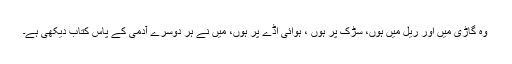
وہ گاڑی میں اور ریل میں ہوں، سڑک پر ہوں ، ہوائی اڈے پر ہوں، میں نے ہر دوسرے آدمی کے پاس کتاب دیکھی ہے۔